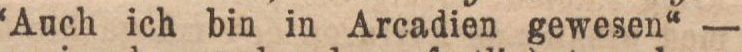
“Auch ich bin in Arcadien gewesen“ —